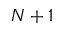
N + 1